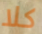
كلا